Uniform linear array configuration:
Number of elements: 8
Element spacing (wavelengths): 0.5
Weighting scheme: uniform
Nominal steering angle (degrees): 45
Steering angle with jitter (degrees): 46.397
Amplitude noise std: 0.05
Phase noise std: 0.05

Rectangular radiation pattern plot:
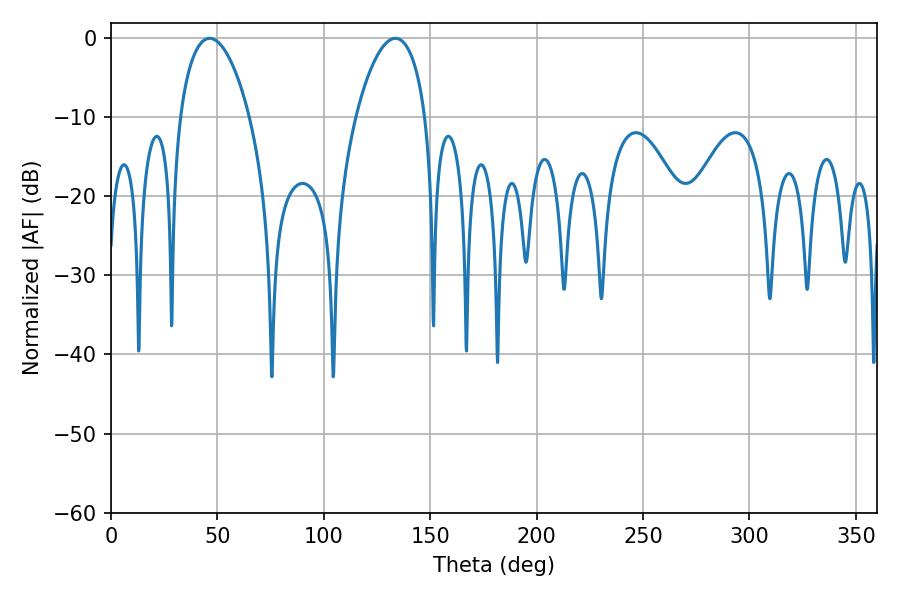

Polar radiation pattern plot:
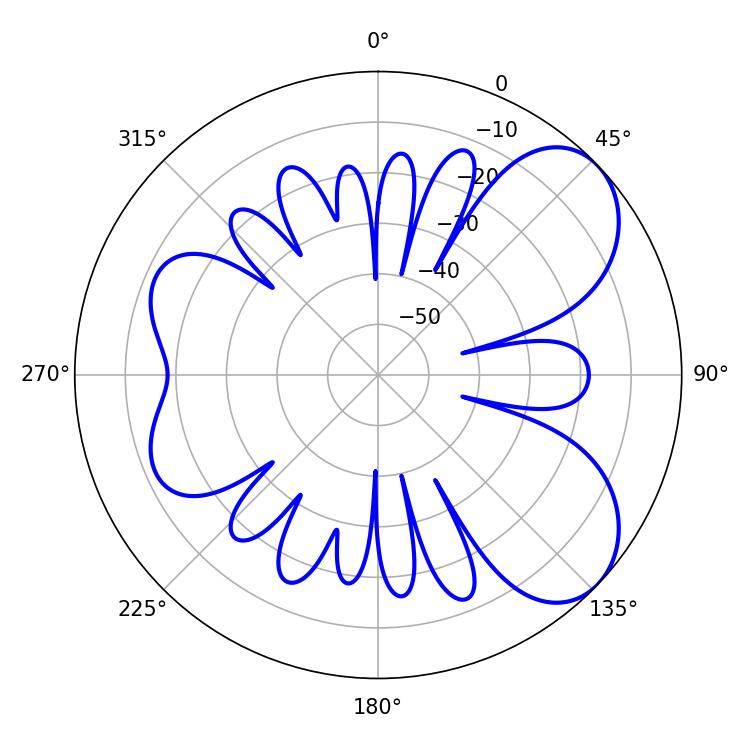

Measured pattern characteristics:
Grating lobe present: FALSE
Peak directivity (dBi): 6.445
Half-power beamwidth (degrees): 18.36
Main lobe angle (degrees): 46.26